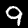
Label: 9